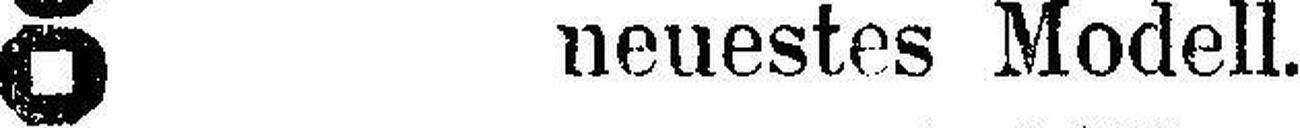
neuestes Modell.